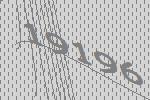
19196